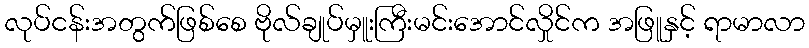
လုပ်ငန်းအတွက်ဖြစ်စေ ဗိုလ်ချုပ်မှူးကြီးမင်းအောင်လှိုင်က အဖြူနှင့် ရာမာလာ